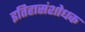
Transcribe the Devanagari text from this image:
इतिहासंशोधक